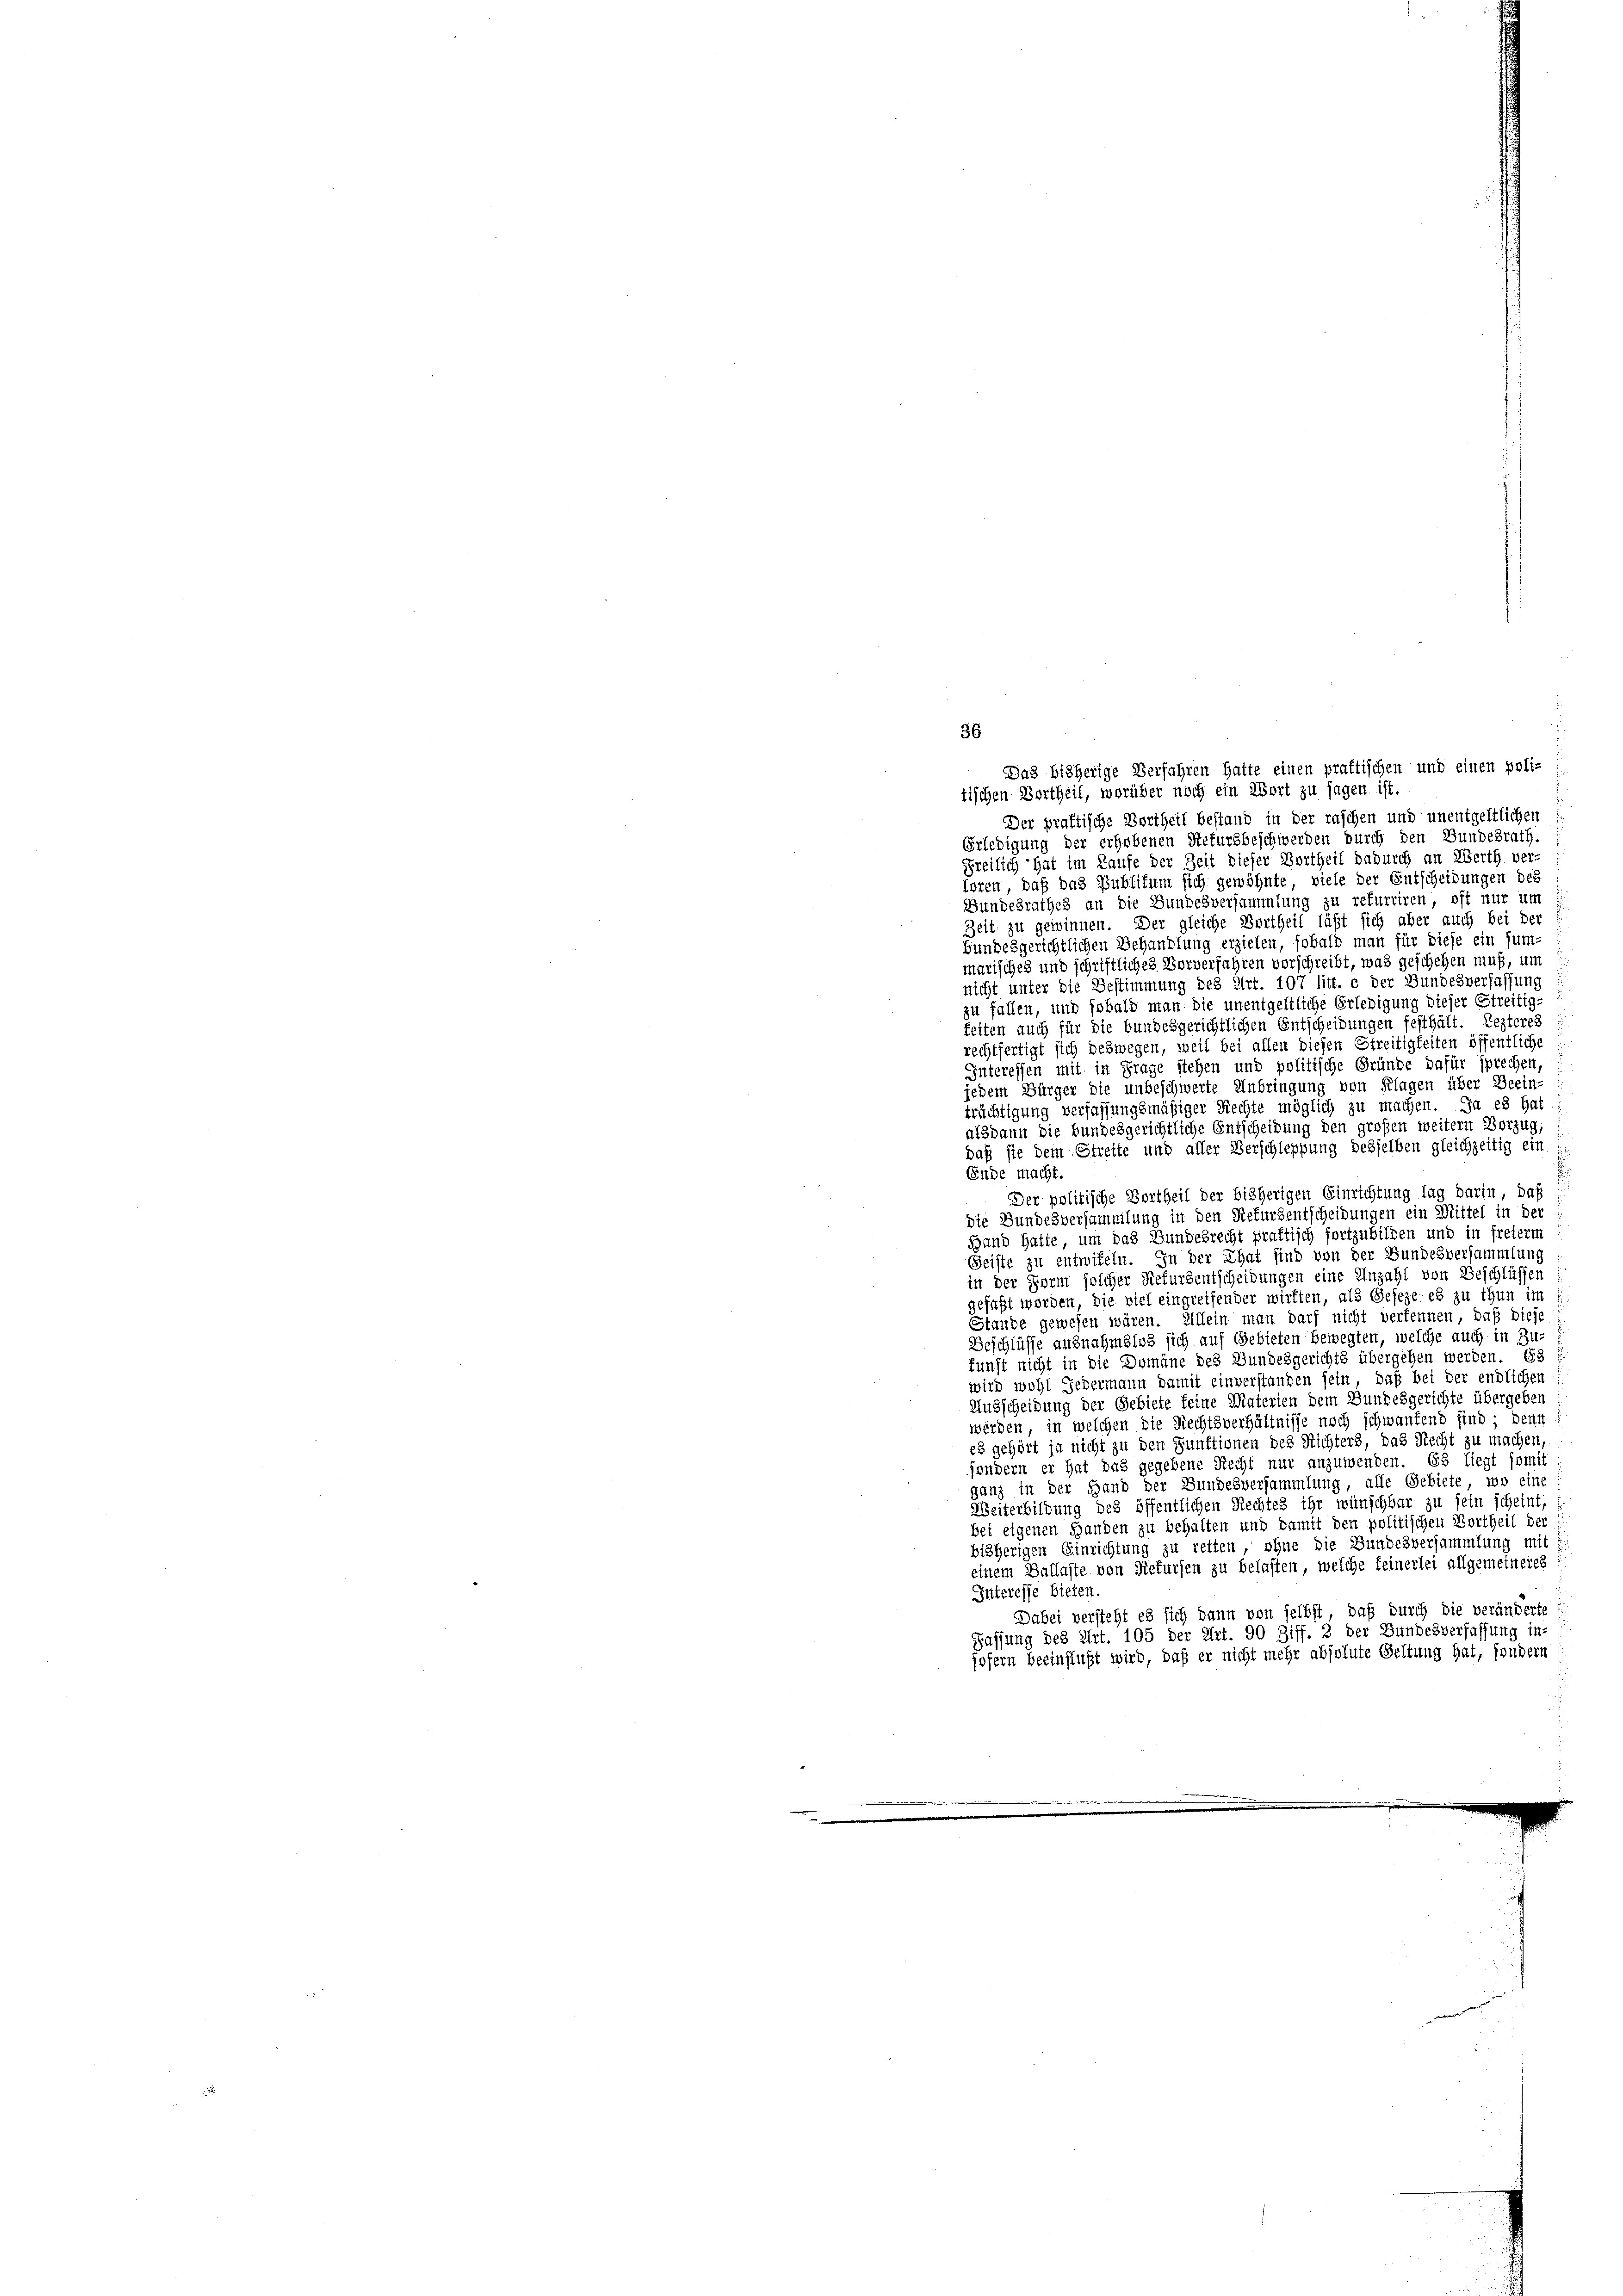
36

Das bisherige Verfahren hatte einen praktischen und einen poli-
tischen Vortheil, worüber noch ein Wort zu sagen ist.
Der praktische Vortheil bestand in der raschen und unentgeltlichen
Erledigung der erhobenen Stefursbeschwerden durch den Bundesrath.
reilich hat im Laufe der Zeit dieser Bertheil dadurch an Werth ver-
loren, daß das Publikum sich gewöhnte, viele der Entscheidungen des
Bundesrathes an die Bundesversammlung zu refurriren, oft nur um
Zeit zu gewinnen. Der gleiche Vertheil läßt sich aber auch bei der
bundesgerichtlichen Behandlung erzielen, sobald man für diese ein sum-
marisches und schriftliches Vorverfahren vorschreibt, was geschehen muß, um
nicht unter die Bestimmung des Art. 107 litt. c der Bundesverfassung
zu fallen, und sobald man die unentgeltliche Erledigung dieser Streitig-
feiten auch für die bundesgerichtlichen Entscheidungen festhält. Lezteres
rechtfertigt sich deswegen, weil bei allen diesen Streitigkeiten öffentliche
Interessen mit in Frage stehen und politische Gründe dafür sprechen,
jedem Bürger die unbeschwerte Unbringung von Klagen über Beein-
trächtigung verfassungsmäßiger Rechte möglich zu machen. Ja es hat
alsdann die bundesgerichtliche Entscheidung den großen weitern Vorzug,
daß sie dem Streite und aller Verschleppung desselben gleichzeitig ein
Ende macht.
Der politische Vortheil der bisherigen Einrichtung lag darin, daß
die Bundesversammlung in den Rekursentscheidungen ein Mittel in der
Hand hatte, um das Bundesrecht praktisch fortzubilden und in freierm
Geiste zu entwifeln. In der That sind von der Bundesversammlung
in der Form solcher Refurdentscheidungen eine Anzahl von Beschlüssen
gefaßt worden, die viel eingreifender wirkten, als Geseze es zu thun im
Stande gewesen wären. Allein man darf nicht verkennen, daß diese
Beschlüsse ausnahmslos sich auf Gebieten bewegten, welche auch in Zu-
kunst nicht in die Domäne des Bundesgerichts übergehen werden. 65 (
wird wohl Gedermann damit einverstanden sein, daß bei der endlichen
Ausscheidung der Gebiete keine Materien dem Bundesgerichte übergeben
werden, in welchen die Rechtsverhältnisse noch schwantend sind; denn
es gehört ja nicht zu den Funktionen des Richters, das Recht zu machen,
sondern er hat das gegebene Recht nur anzuwenden. 63 liegt somit
ganz in der Hand der Bundesversammlung, alle Gebiete, wo eine
Weiterbildung des öffentlichen Rechtes ihr wünschbar zu sein scheint,
bei eigenen Handen zu behalten und damit den politischen Vortheil der
bisherigen Einrichtung zu retten, ohne die Bundesversammlung mit f
einem Sallaste von Rekursen zu belasten, welche feinerlei allgemeineres
Interesse bieten.
Dabei versteht es sich dann von selbst, daß durch die veränderte
Fassung des Art. 105 der Art. 90 Ziff. 2 der Bundesverfassung in-
jofern beeinflußt wird, daß er nicht mehr absolute Geltung hat, sondern